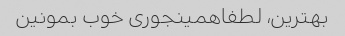
بهترین، لطفاهمینجوری خوب بمونین